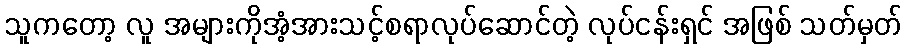
သူကတော့ လူ အများကိုအံ့အားသင့်စရာလုပ်ဆောင်တဲ့ လုပ်ငန်းရှင် အဖြစ် သတ်မှတ်